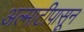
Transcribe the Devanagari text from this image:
अल्माटीपासून